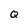
Character: Q